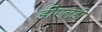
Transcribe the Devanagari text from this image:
डीएलडी